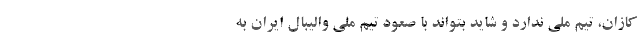
کازان، تیم ملی ندارد و شاید بتواند با صعود تیم ملی والیبال ایران به